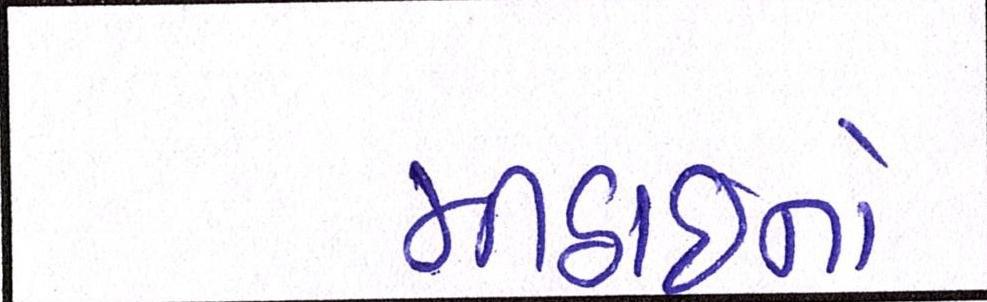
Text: મીઠાઈનો